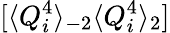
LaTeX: [\langle Q_{i}^{4}\rangle_{-2}\langle Q_{i}^{4}\rangle_{2}]